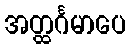
အတ္ထင်္ဂမာပေ